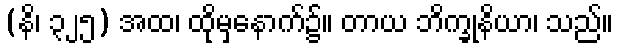
(နိ၊ ၃၂၅) အထ၊ ထိုမှနောက်၌။ တာယ ဘိက္ခုနိယာ၊ သည်။